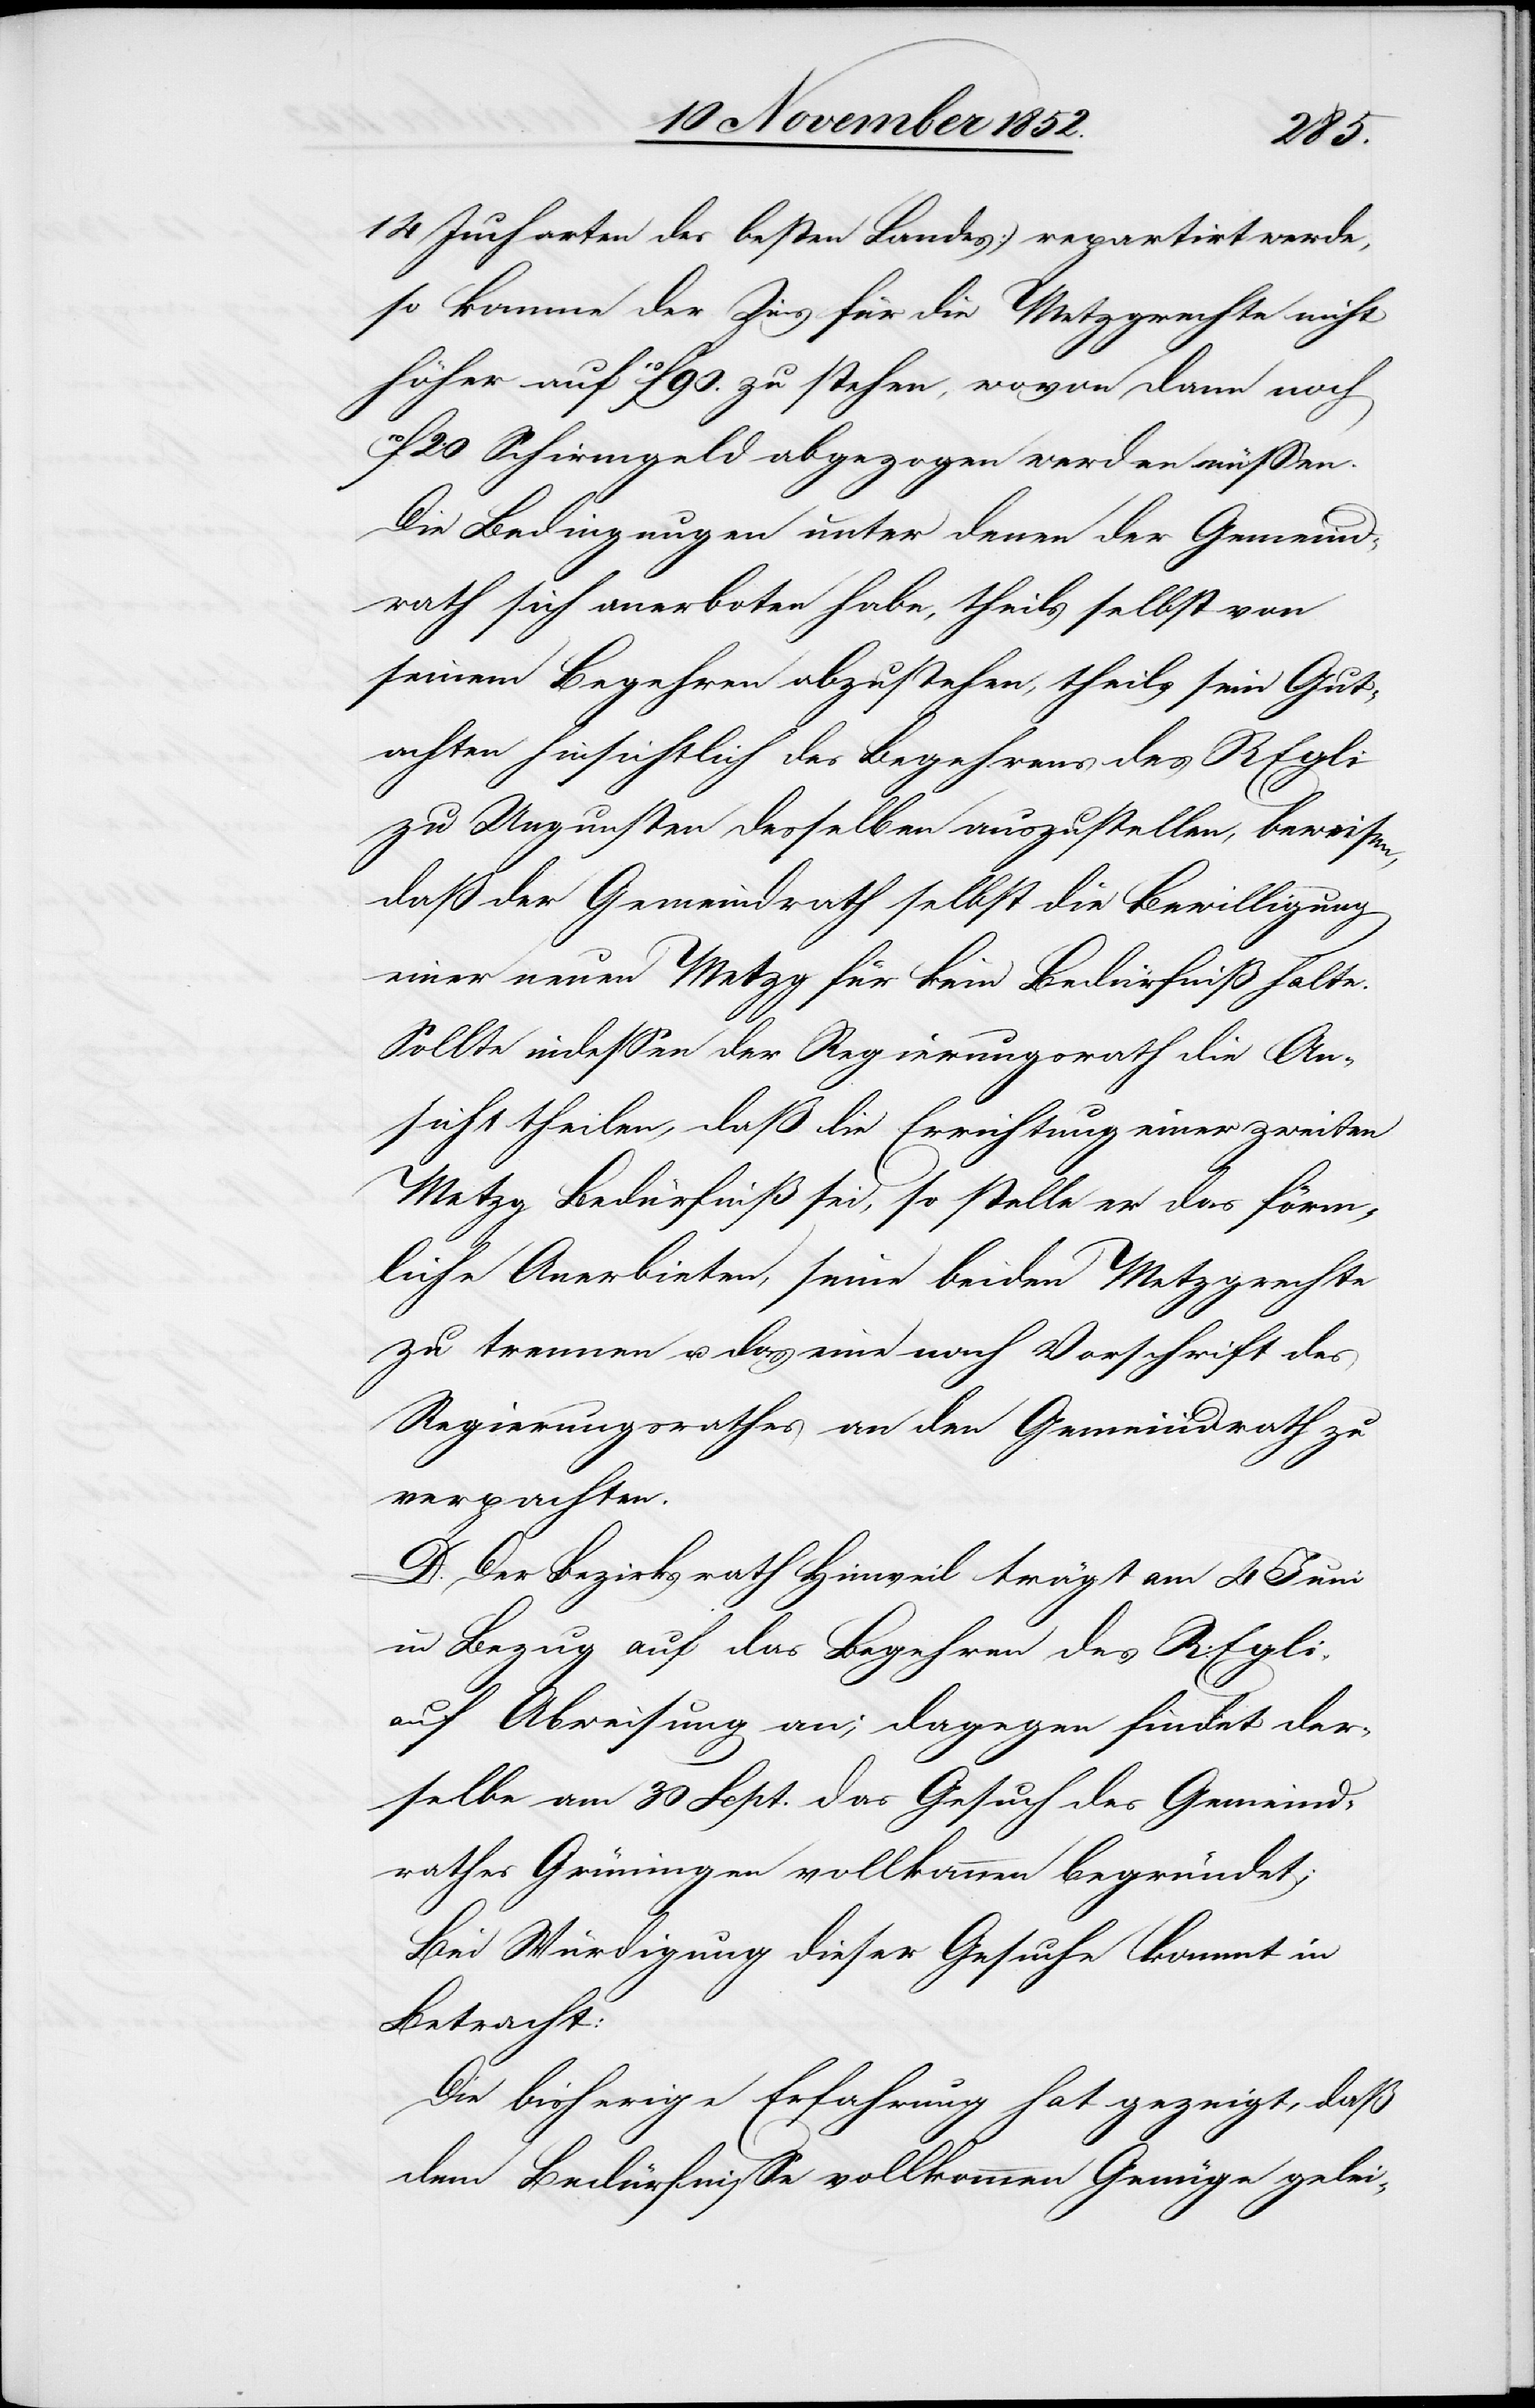
14 Jucharten des besten Landes) repartirt werde,
so komme der Zins für die Metzgrechte nicht
[als] auf 10f 90. zu stehen, wovon dann noch
20 Schirmgeld abgezogen werden müssen.
Die Bedingungen unter denen der Gemeind¬
rath sich anerboten habe, theils selbst von
seinem Begehren abzustehen, theils sein Gut¬
achten hinsichtlich des Begehrens des R Egli
zu Ungunsten desselben auszustellen, beweisen,
daß der Gemeindrath selbst die Bewilligung
einer neuen Metzg für kein Bedürfniß halte.
Sollte indessen der Regierungsrath die An¬
sicht theilen, daß die Errichtung einer zweiten
Metzg Bedürfniß sei, so stelle er das förm¬
liche Anerbieten, seine beiden Metzgrechte
zu trennen u. das eine nach Vorschrift des
Regierungsrathes an den Gemeindrath zu
verpachten.
D. Der Bezirksrath Hinweil trägt am 4 Juni
in Bezug auf das Begehren des R: Egli
auf Abweisung an; dagegen findet der¬
selbe am 30 Sept. das Gesuch des Gemeind¬
rathes Grüningen vollkommen begründet;
Bei Würdigung dieser Gesuche kommt in
Betracht:
Die bisherige Erfahrung hat gezeigt, daß
dem Bedürfnisse vollkommen Genüge gelei-